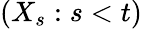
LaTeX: \left(X_{s}:s<t\right)